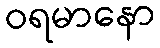
ဝရမာနော